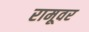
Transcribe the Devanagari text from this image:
रामूवर